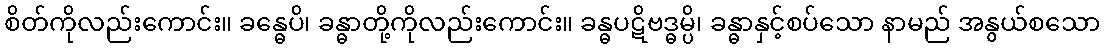
စိတ်ကိုလည်းကောင်း။ ခန္ဓေပိ၊ ခန္ဓာတို့ကိုလည်းကောင်း။ ခန္ဓပဋိဗဒ္ဓမ္ပိ၊ ခန္ဓာနှင့်စပ်သော နာမည် အနွယ်စသော